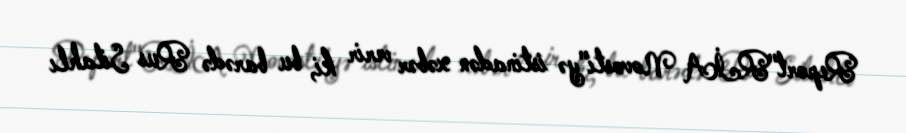
Report"RİA Novosti"yə istinadən xəbər verir ki, bu barədə Rus Silahlı